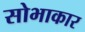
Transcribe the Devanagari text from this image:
सोभाकार